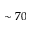
\sim 7 0